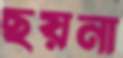
ছয়না